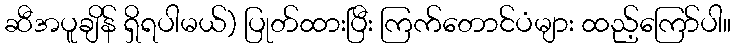
ဆီအပူချိန် ရှိရပါမယ်) ပြုတ်ထားပြီး ကြက်တောင်ပံများ ထည့်ကြော်ပါ။